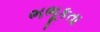
ભભૂકતા